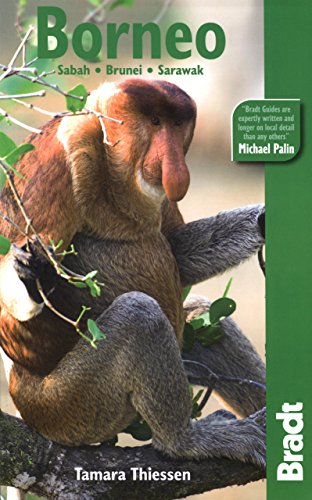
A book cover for Borneo (Bradt Travel Guide); Tamara Thiessen; Travel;